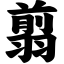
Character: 翦